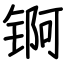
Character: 锕